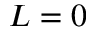
L = 0